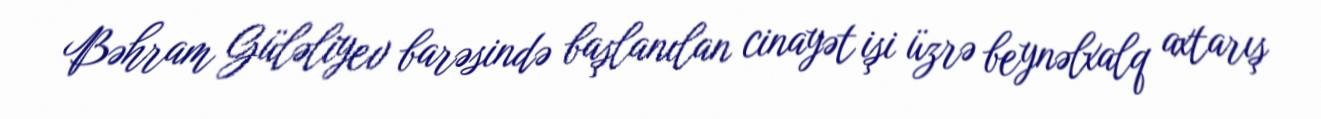
Bəhram Güləliyev barəsində başlanılan cinayət işi üzrə beynəlxalq axtarış